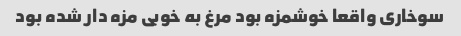
سوخاری واقعا خوشمزه بود مرغ به خوبی مزه دار شده بود